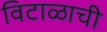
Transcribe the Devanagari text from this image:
विटाळाची